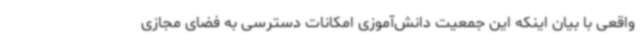
واقعی با بیان اینکه این جمعیت دانش‌آموزی امکانات دسترسی به فضای مجازی